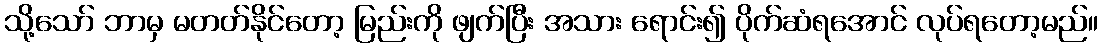
သို့သော် ဘာမှ မတတ်နိုင်တော့ မြည်းကို ဖျက်ပြီး အသား ရောင်း၍ ပိုက်ဆံရအောင် လုပ်ရတော့မည်။